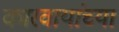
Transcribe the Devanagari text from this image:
कारवायांच्या